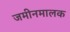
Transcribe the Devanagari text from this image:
जमीनमालक